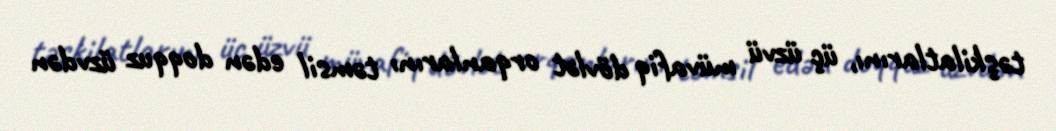
təşkilatlarını, üç üzvü müvafiq dövlət orqanlarını təmsil edən doqquz üzvdən